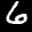
Label: 6